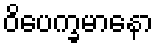
ဝိပေက္ခမာနော